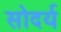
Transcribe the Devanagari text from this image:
सोदर्य